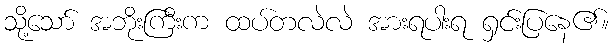
သို့သော် အဘိုးကြီးက ထပ်တလဲလဲ အားရပါးရ ရှင်းပြနေ၏။